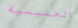
الحميمية